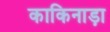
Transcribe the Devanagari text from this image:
काकिनाड़ा